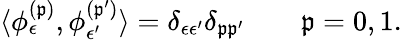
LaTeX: \langle\phi_{\epsilon}^{(\mathfrak{p})},\phi_{\epsilon^{\prime}}^{(\mathfrak{p}^{\prime})}\rangle=\delta_{\epsilon\epsilon^{\prime}}\delta_{\mathfrak{p}\mathfrak{p}^{\prime}}\qquad\mathfrak{p}=0,1.